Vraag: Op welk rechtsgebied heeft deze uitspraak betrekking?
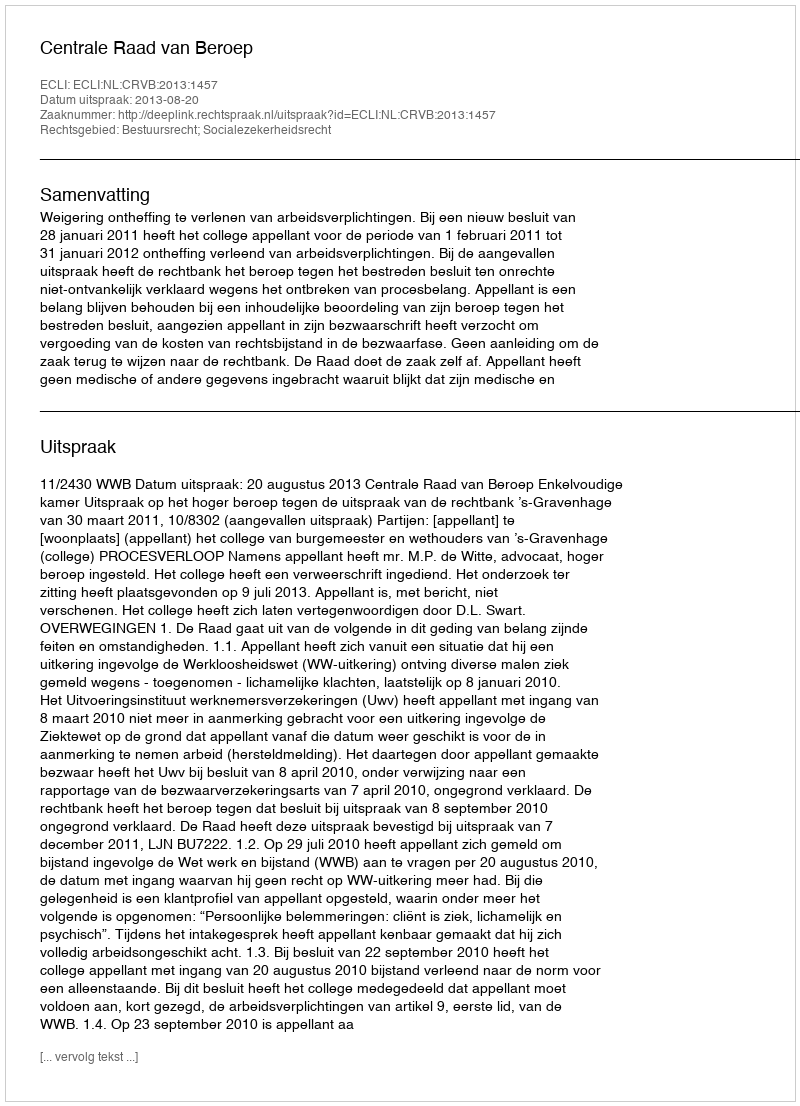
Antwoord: Bestuursrecht; Socialezekerheidsrecht